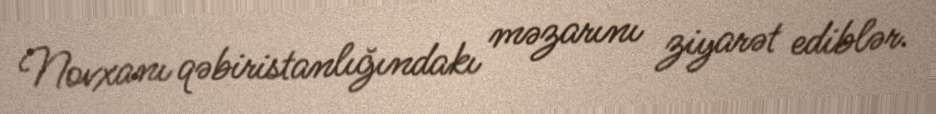
Novxanı qəbiristanlığındakı məzarını ziyarət ediblər.